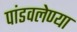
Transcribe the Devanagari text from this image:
पांडवलेण्या